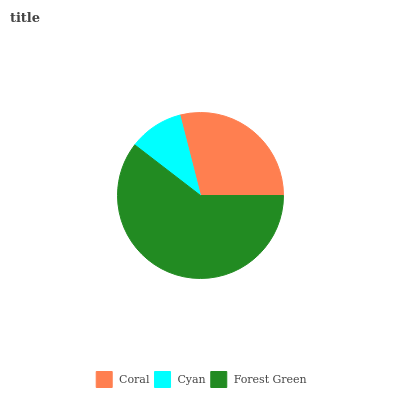
| Coral | Cyan | Forest Green |
 | --- | --- | --- |
 | 29% | 10.6% | 60.5% |